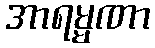
အာရမ္မဏာ